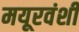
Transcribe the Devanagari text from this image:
मयूरवंशी